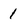
Character: 1